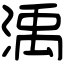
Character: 渪